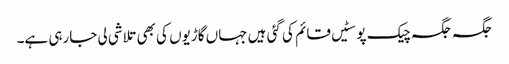
جگہ جگہ چیک پوسٹیں قائم کی گئی ہیں جہاں گاڑیوں کی بھی تلاشی لی جارہی ہے۔